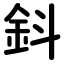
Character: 鈄